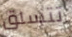
تتسلق